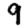
Digit: 9